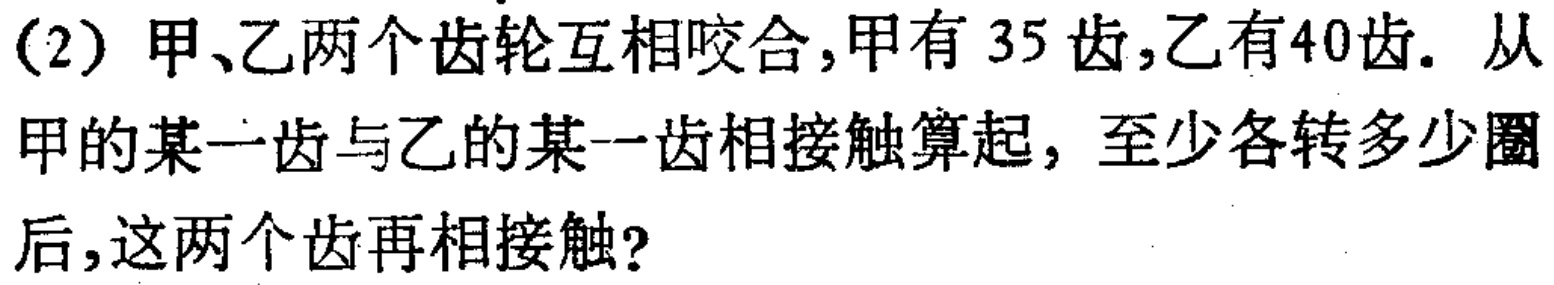
(2) 甲、乙两个齿轮互相咬合,甲有 35 齿,乙有40齿. 从甲的某一齿与乙的某一齿相接触算起, 至少各转多少圈后,这两个齿再相接触?